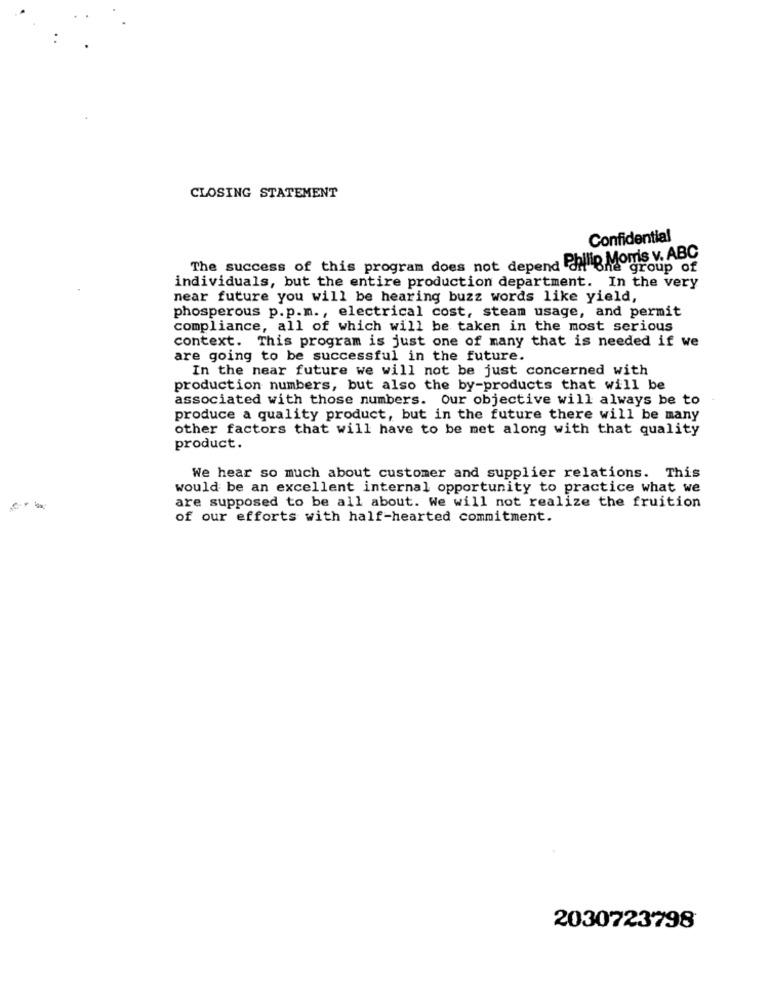
CLOSING STATEMENT
Confidential
The success of this program does not depend Philip Morris v. ABC
individuals, but the entire production department. In the very
near future you will be hearing buzz words like yield,
phosperous p.p.m ., electrical cost, steam usage, and permit
compliance, all of which will be taken in the most serious
context. This program is just one of many that is needed if we
are going to be successful in the future.
In the near future we will not be just concerned with
production numbers, but also the by-products that will be
associated with those numbers. Our objective will always be to
produce a quality product, but in the future there will be many
other factors that will have to be met along with that quality
product.
We hear so much about customer and supplier relations. This
would be an excellent internal opportunity to practice what we
are supposed to be all about. We will not realize the fruition
of our efforts with half-hearted commitment.
2030723798